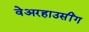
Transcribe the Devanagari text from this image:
वेअरहाउसींग